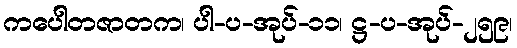
ကပေါတဇာတက၊ ပါ-ပ-အုပ်-၁၁၊ ဋ္ဌ-ပ-အုပ်-၂၅၉၊